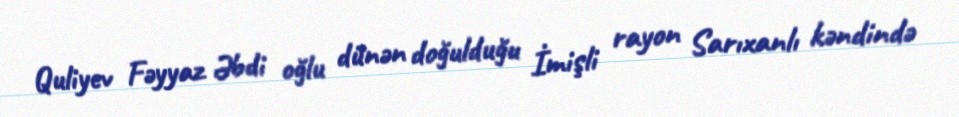
Quliyev Fəyyaz Əbdi oğlu dünən doğulduğu İmişli rayon Sarıxanlı kəndində